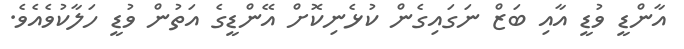
އާންޑީ ވުޑީ އާއި ބަޒް ނަގައިގެން ކުޅެނިކޮށް އޭންޑީގެ އަތުން ވުޑީ ހަލާކުވެއެވެ.